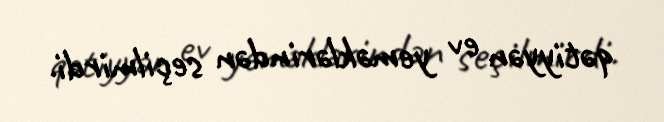
qətiyyən ev yeməklərindən seçilmirdi.